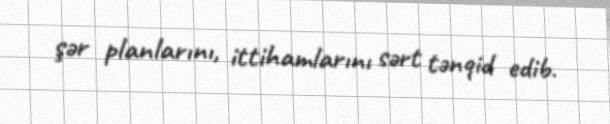
şər planlarını, ittihamlarını sərt tənqid edib.